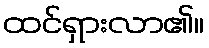
ထင်ရှားလာ၏။